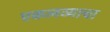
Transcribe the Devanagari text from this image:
एकलव्याचा